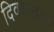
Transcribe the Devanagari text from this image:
दिवसातल्या